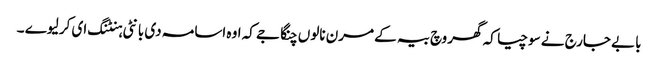
بابے جارج نے سوچیا کہ گھر وچ بیہ کے مرن نالوں چنگا جے کہ اوہ اسامہ دی بانٹی ہنٹنگ ای کر لیوے ۔